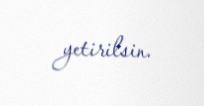
yetirilsin.